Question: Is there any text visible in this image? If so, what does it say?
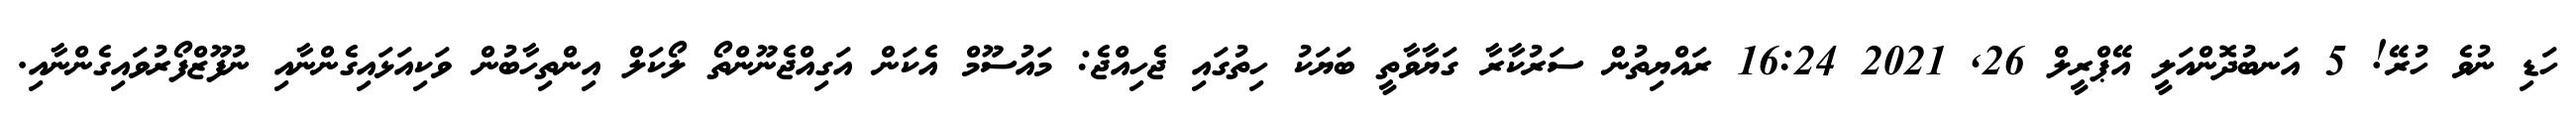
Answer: ހަޑި ނުވެ ހުރޭ! 5 އަނބުދޮންއަލީ އޭޕްރީލް 26, 2021 16:24 ރައްޔިތުން ސަރުކާރާ ގަޔާވާތީ ބަޔަކު ހިތުގައި ޖެހިއްޖެ: މައުސޫމް އެކަން އަގިއްޖެނޫންތޯ ލޯކަލް އިންތިހާބުން ވަކިއަޅައިގެންނާއި ނުފޫޒްފޯރުވައިގެންނާއި.